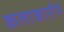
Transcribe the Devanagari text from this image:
कलाकारीने